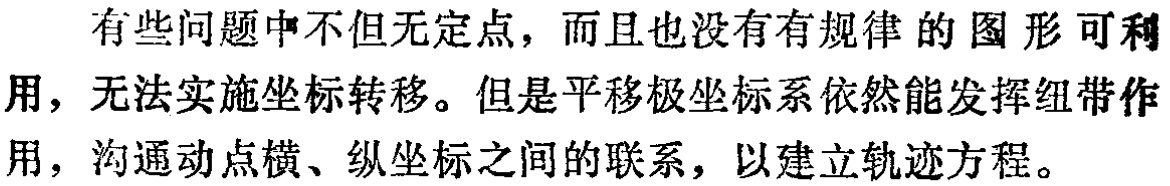
有些问题中不但无定点，而且也没有有规律的图形可利用，无法实施坐标转移。但是平移极坐标系依然能发挥纽带作用，沟通动点横、纵坐标之间的联系，以建立轨迹方程。